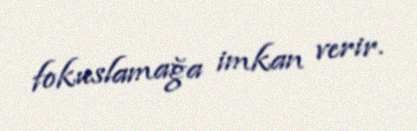
fokuslamağa imkan verir.